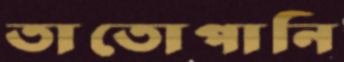
তাতোপানি